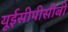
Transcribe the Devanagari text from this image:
यूईसीपीसीबी